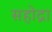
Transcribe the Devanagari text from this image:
सहोद्रा